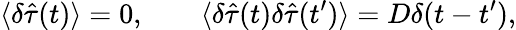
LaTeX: \langle\delta\hat{\tau}(t)\rangle=0,\; \; \; \; \; \; \; \langle\delta\hat{\tau}(t)\delta\hat{\tau}(t^{\prime})\rangle=D\delta(t-t^{\prime}),